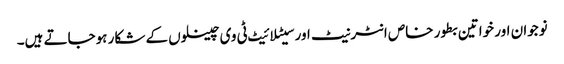
نوجوان اور خواتین بطور خاص انٹرنیٹ اور سیٹلائیٹ ٹی وی چینلوں کے شکار ہوجاتے ہیں۔